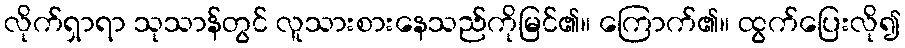
လိုက်ရှာရာ သုသာန်တွင် လူသားစားနေသည်ကိုမြင်၏။ ကြောက်၏။ ထွက်ပြေးလို၍